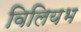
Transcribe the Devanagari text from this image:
विलियभ